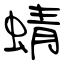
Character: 蜻